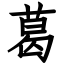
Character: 葛